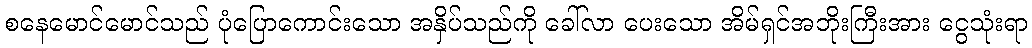
စနေမောင်မောင်သည် ပုံပြောကောင်းသော အနှိပ်သည်ကို ခေါ်လာ ပေးသော အိမ်ရှင်အဘိုးကြီးအား ငွေသုံးရာ